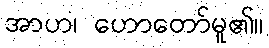
အာဟ၊ ဟောတော်မူ၏။